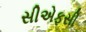
સીએફસી